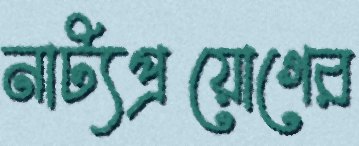
নাট্যপ্রয়োগের